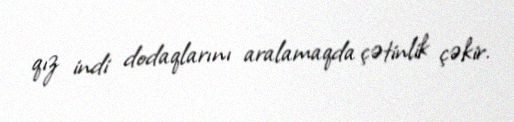
qız indi dodaqlarını aralamaqda çətinlik çəkir.